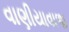
વાણીયાવાળા